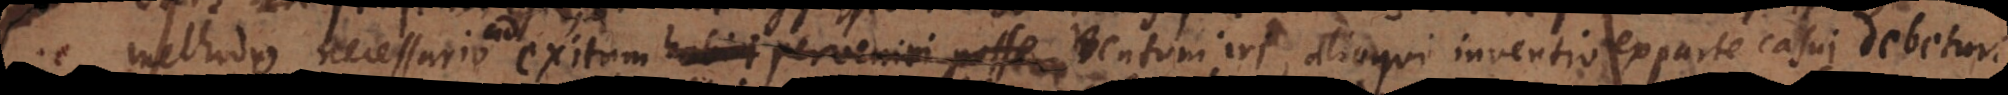
c methodo necessario ad exitum ventum iri, alioqui inventio ex parte casui debetur.